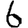
Digit: 6